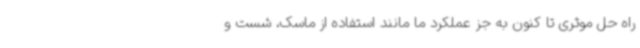
راه حل موثری تا کنون به جز عملکرد ما مانند استفاده از ماسک، شست و